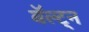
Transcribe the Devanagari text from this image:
बॅल्ट्न